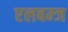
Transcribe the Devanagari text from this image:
एलबम्ज